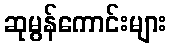
ဆုမွန်ကောင်းများ